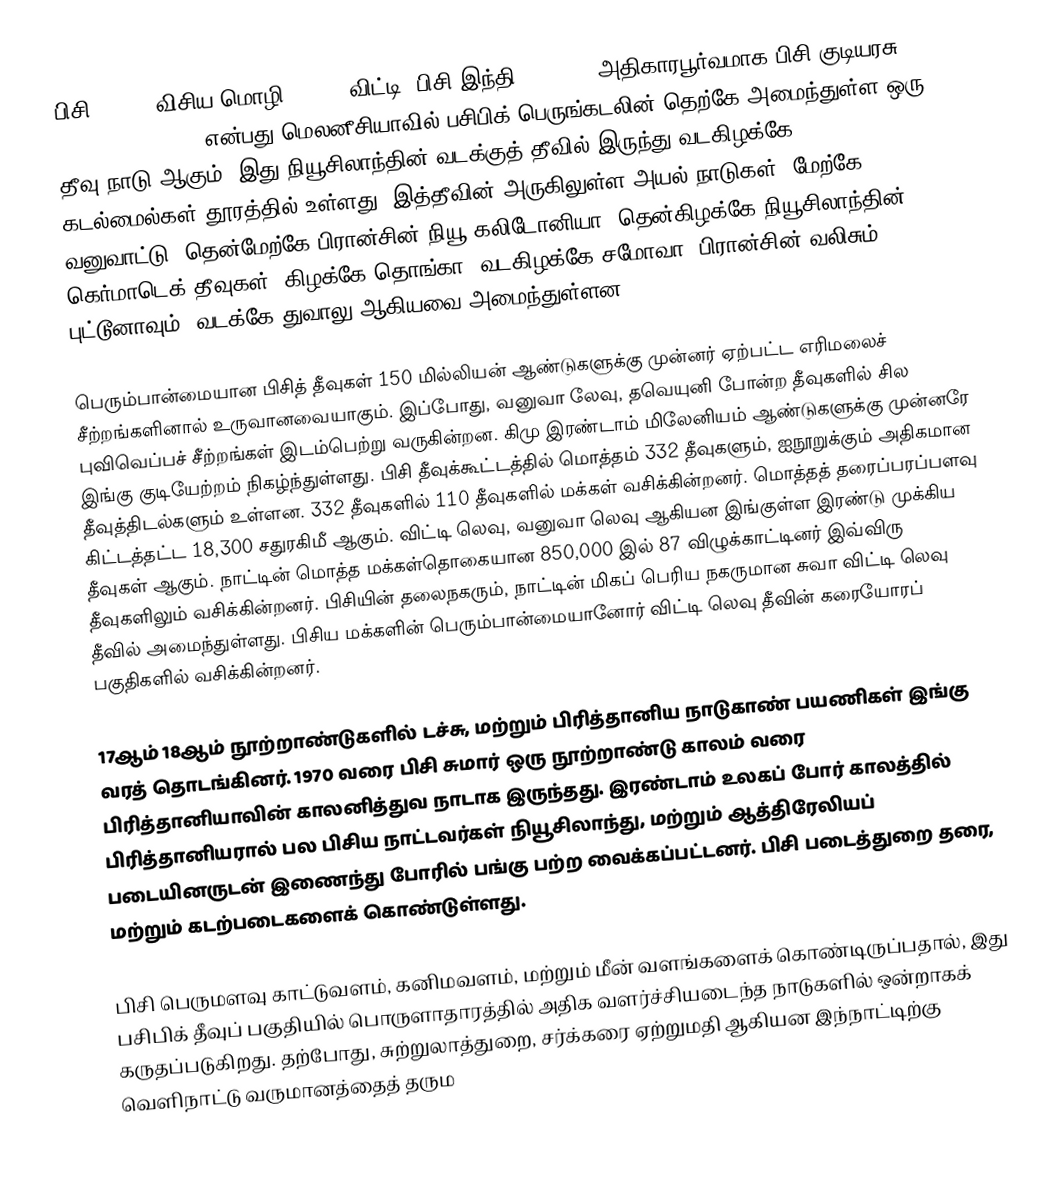
பிசி (Fiji, விசிய மொழி: Viti, விட்டி; பிசி இந்தி: फ़िजी), அதிகாரபூர்வமாக பிசி குடியரசு (Republic of Fiji என்பது மெலனீசியாவில் பசிபிக் பெருங்கடலின் தெற்கே அமைந்துள்ள ஒரு தீவு நாடு ஆகும். இது நியூசிலாந்தின் வடக்குத் தீவில் இருந்து வடகிழக்கே 1100 கடல்மைல்கள் தூரத்தில் உள்ளது. இத்தீவின் அருகிலுள்ள அயல் நாடுகள்: மேற்கே வனுவாட்டு, தென்மேற்கே பிரான்சின் நியூ கலிடோனியா, தென்கிழக்கே நியூசிலாந்தின் கெர்மாடெக் தீவுகள், கிழக்கே தொங்கா, வடகிழக்கே சமோவா, பிரான்சின் வலிசும் புட்டூனாவும், வடக்கே துவாலு ஆகியவை அமைந்துள்ளன.

பெரும்பான்மையான பிசித் தீவுகள் 150 மில்லியன் ஆண்டுகளுக்கு முன்னர் ஏற்பட்ட எரிமலைச் சீற்றங்களினால் உருவானவையாகும். இப்போது, வனுவா லேவு, தவெயுனி போன்ற தீவுகளில் சில புவிவெப்பச் சீற்றங்கள் இடம்பெற்று வருகின்றன. கிமு இரண்டாம் மிலேனியம் ஆண்டுகளுக்கு முன்னரே இங்கு குடியேற்றம் நிகழ்ந்துள்ளது. பிசி தீவுக்கூட்டத்தில் மொத்தம் 332 தீவுகளும், ஐநூறுக்கும் அதிகமான தீவுத்திடல்களும் உள்ளன. 332 தீவுகளில் 110 தீவுகளில் மக்கள் வசிக்கின்றனர். மொத்தத் தரைப்பரப்பளவு கிட்டத்தட்ட 18,300 சதுரகிமீ ஆகும். விட்டி லெவு, வனுவா லெவு ஆகியன இங்குள்ள இரண்டு முக்கிய தீவுகள் ஆகும். நாட்டின் மொத்த மக்கள்தொகையான 850,000 இல் 87 விழுக்காட்டினர் இவ்விரு தீவுகளிலும் வசிக்கின்றனர். பிசியின் தலைநகரும், நாட்டின் மிகப் பெரிய நகருமான சுவா விட்டி லெவு தீவில் அமைந்துள்ளது. பிசிய மக்களின் பெரும்பான்மையானோர் விட்டி லெவு தீவின் கரையோரப் பகுதிகளில் வசிக்கின்றனர்.

17ஆம் 18ஆம் நூற்றாண்டுகளில் டச்சு, மற்றும் பிரித்தானிய நாடுகாண் பயணிகள் இங்கு வரத் தொடங்கினர். 1970 வரை பிசி சுமார் ஒரு நூற்றாண்டு காலம் வரை பிரித்தானியாவின் காலனித்துவ நாடாக இருந்தது. இரண்டாம் உலகப் போர் காலத்தில் பிரித்தானியரால் பல பிசிய நாட்டவர்கள் நியூசிலாந்து, மற்றும் ஆத்திரேலியப் படையினருடன் இணைந்து போரில் பங்கு பற்ற வைக்கப்பட்டனர். பிசி படைத்துறை தரை, மற்றும் கடற்படைகளைக் கொண்டுள்ளது.

பிசி பெருமளவு காட்டுவளம், கனிமவளம், மற்றும் மீன் வளங்களைக் கொண்டிருப்பதால், இது பசிபிக் தீவுப் பகுதியில் பொருளாதாரத்தில் அதிக வளர்ச்சியடைந்த நாடுகளில் ஒன்றாகக் கருதப்படுகிறது. தற்போது, சுற்றுலாத்துறை, சர்க்கரை ஏற்றுமதி ஆகியன இந்நாட்டிற்கு வெளிநாட்டு வருமானத்தைத் தரும